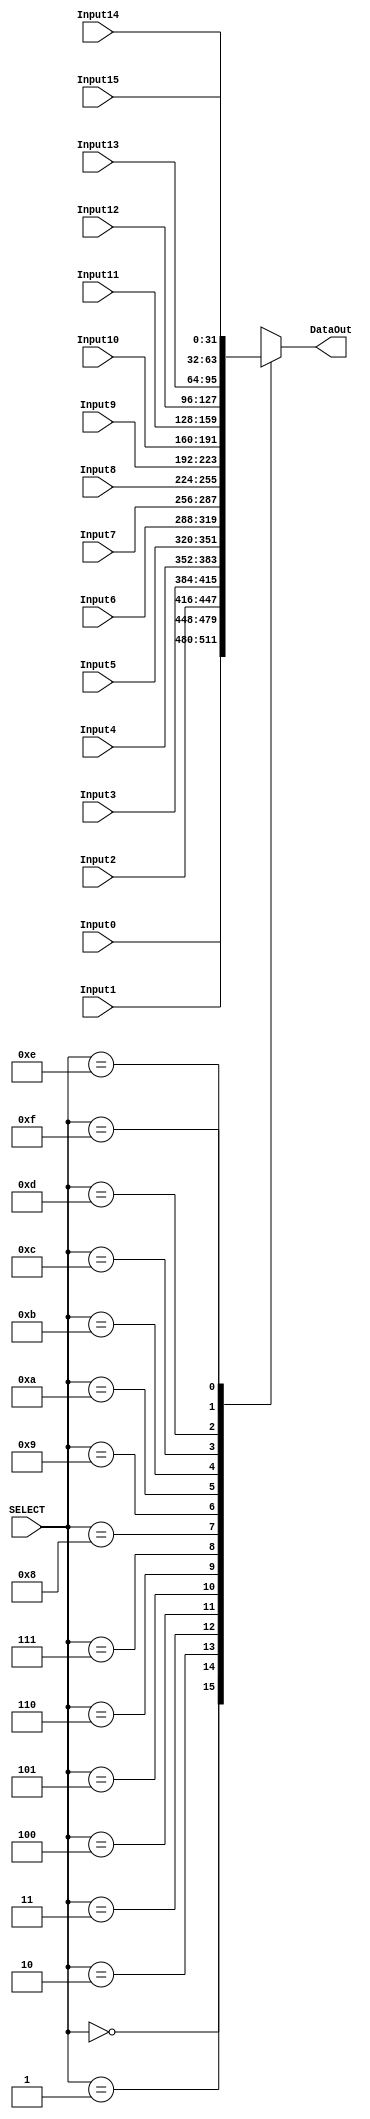
module MUX_16x1 #(parameter W=32) (Input0,
											  Input1,
											  Input2,
											  Input3,
											  Input4,
											  Input5,
											  Input6,
											  Input7,
											  Input8,
											  Input9,
											  Input10,
											  Input11,
											  Input12,
											  Input13,
											  Input14,
											  Input15,
											  SELECT,
											  DataOut );
											  
input [3:0] SELECT;

input [W-1:0] Input0,Input1,Input2,Input3,Input4,Input5,Input6,Input7,Input8,Input9,Input10,Input11,Input12,Input13,Input14,Input15;

output reg [W-1:0] DataOut;

always @(*) begin

	case(SELECT)
		4'b0000: DataOut=Input0;
		4'b0001: DataOut=Input1;
		4'b0010: DataOut=Input2;
		4'b0011: DataOut=Input3;
		4'b0100: DataOut=Input4;
		4'b0101: DataOut=Input5;
		4'b0110: DataOut=Input6;
		4'b0111: DataOut=Input7;
		4'b1000: DataOut=Input8;
		4'b1001: DataOut=Input9;
		4'b1010: DataOut=Input10;
		4'b1011: DataOut=Input11;
		4'b1100: DataOut=Input12;
		4'b1101: DataOut=Input13;
		4'b1110: DataOut=Input14;
		4'b1111: DataOut=Input15;
	endcase
	
end

endmodule